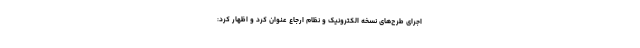
اجرای طرح‌های نسخه الکترونیک و نظام ارجاع عنوان کرد و اظهار کرد: